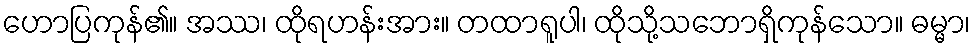
ဟောပြကုန်၏။ အဿ၊ ထိုရဟန်းအား။ တထာရူပါ၊ ထိုသို့သဘောရှိကုန်သော။ ဓမ္မာ၊